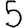
Digit: 5